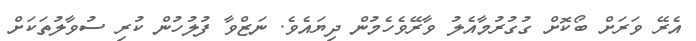
އެރޭ ވަރަށް ބޯކޮށް ގުގުރުމާއެލު ވާރޭވެހެމުން ދިޔައެވެ. ނަޒްވާ ފުލުހުން ކުރި ސުވާލުތަކަށް